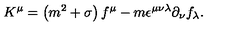
K ^ { \mu } = \left( m ^ { 2 } + \sigma \right) f ^ { \mu } - m \epsilon ^ { \mu \nu \lambda } \partial _ { \nu } f _ { \lambda } .